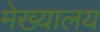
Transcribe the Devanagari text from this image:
मेख्यालय